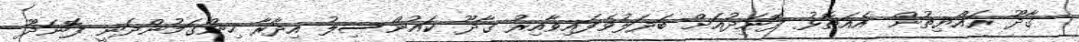
ގާދޫ ރައްޔިތުން އެއަތޮޅު ފޮނަދުއަށް ބަދަލުވެފައިވާއިރު ގާދޫ ކައުންސިލު އިދާރާ ހިންގަމުންދަނީ ފޮނަދޫ